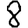
Digit: 8